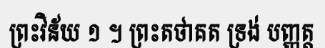
ព្រះវិន័យ ១ ។ ព្រះតថាគត ទ្រង់ បញ្ញត្ត